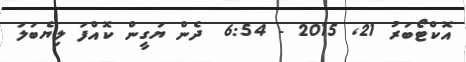
އޮކްޓޯބަރު 21